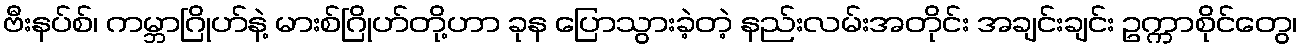
ဗီးနပ်စ်၊ ကမ္ဘာဂြိုဟ်နဲ့ မားစ်ဂြိုဟ်တို့ဟာ ခုန ပြောသွားခဲ့တဲ့ နည်းလမ်းအတိုင်း အချင်းချင်း ဥက္ကာစိုင်တွေ၊